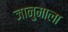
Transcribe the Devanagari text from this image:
जानुमाला